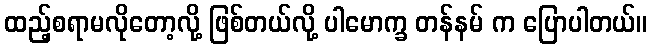
ထည့်စရာမလိုတော့လို့ ဖြစ်တယ်လို့ ပါမောက္ခ တန်နမ် က ပြောပါတယ်။